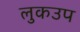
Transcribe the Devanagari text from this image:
लुकउप